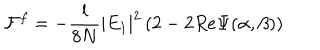
LaTeX: { \cal F } ^ { f } = - \frac { l } { 8 N } | E _ { 1 } | ^ { 2 } \left( 2 - 2 R e \Psi ( \alpha , \beta ) \right)